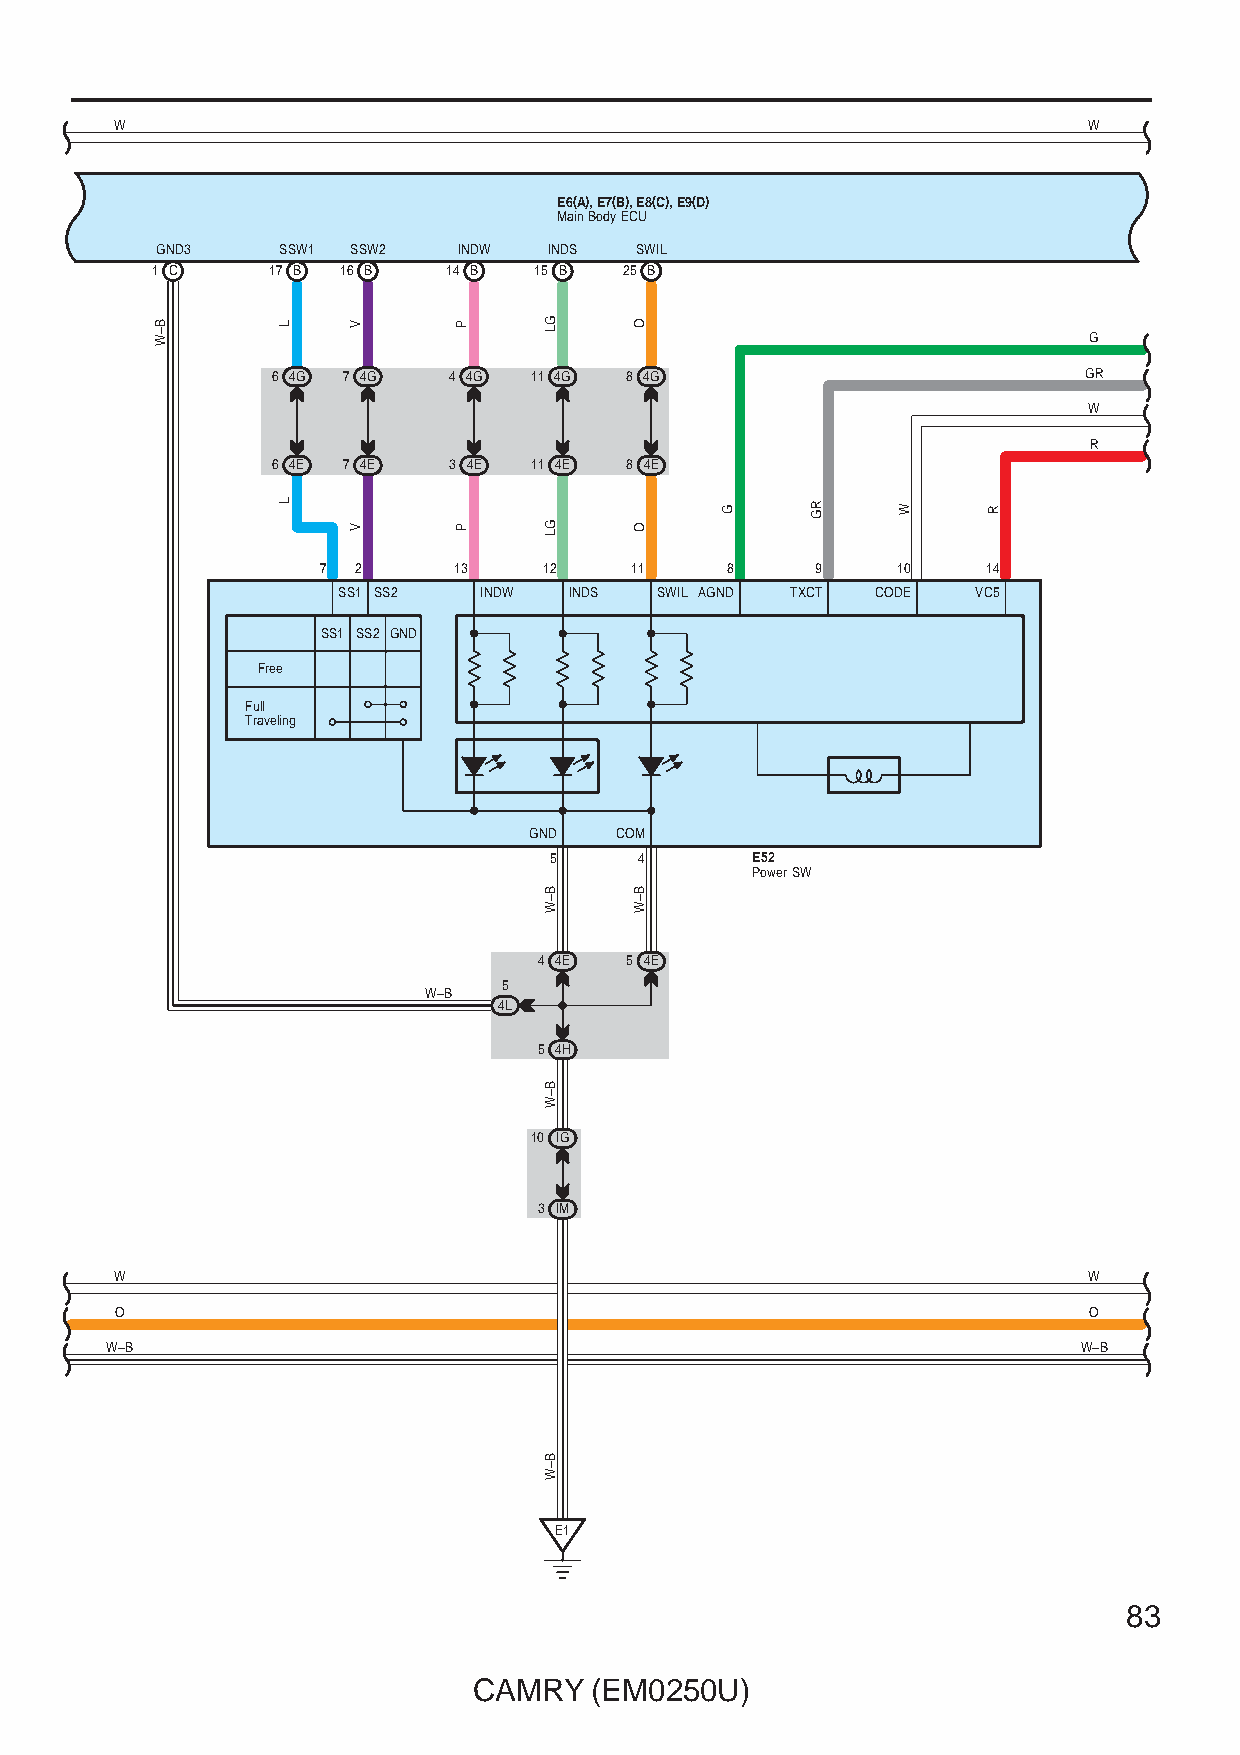
W                                                               W
 E6(A), E7(B), E8(C), E9(D)
 Main Body ECU
 GND3    SSW1 SSW2   INDW  INDS  SWIL
 1 C     17 B 16 B   14 B 15 B  25 B
 G
 6 4G 7 4G   4 4G 11 4G 8 4G                           GR
 W
 R
 6 4E 7 4E   3 4E 11 4E 8 4E
 7 2      13    12    11    8     9    10    14
 SS1 SS2   INDW  INDS SWIL AGND TXCT CODE   VC5
 SS1 SS2 GND
 Free
 Full
 Traveling
 GND   COM
 5     4       E52
 Power SW
 4 4E 5 4E
 5
 W–B
 4L
 5 4H
 10 IG
 3 IM
 W                                                               W
 O                                                               O
 W–B                                                              W–B
 E1
 83
 CAMRY   (EM0250U)
 B–W     L
 L
 V
 V
 P
 P
 GL
 GL
 B–W
 B–W
 B–W
 O
 O
 B–W
 G     RG   W     R